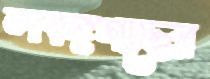
লবঙ্গগাছের